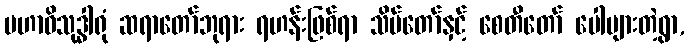
မဟာဝိသုဒ္ဓါရုံ ဆရာတော်ဘုရား ရဟန်းဖြစ်ရာ သိမ်တော်နှင့် စေတီတော် ပေါများတဲ့ရွာ,